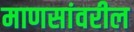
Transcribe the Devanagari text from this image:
माणसांवरील